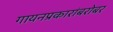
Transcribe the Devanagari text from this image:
गायनप्रकारांबरोबर